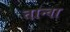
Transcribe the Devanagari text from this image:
तान्वा